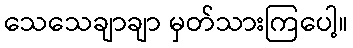
သေသေချာချာ မှတ်သားကြပေါ့။